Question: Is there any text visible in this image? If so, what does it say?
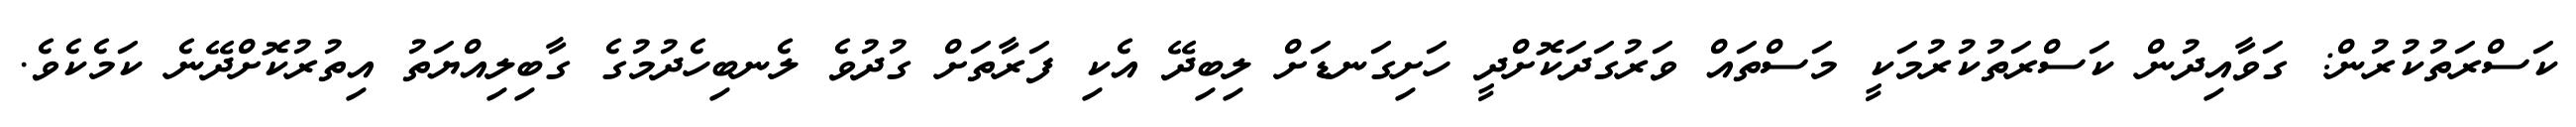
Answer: ކަސްރަތުކުރުން: ގަވާއިދުން ކަސްރަތުކުރުމަކީ މަސްތައް ވަރުގަދަކޮށްދީ ހަށިގަނޑަށް ލިބިދޭ އެކި ފަރާތަށް ގުދުވެ ލެނބިހެދުމުގެ ގާބިލިއްޔަތު އިތުރުކޮށްދޭނެ ކަމެކެވެ.